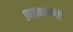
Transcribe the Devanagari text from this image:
उपक्रमामधून